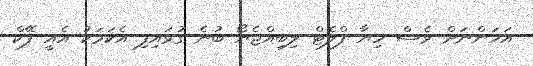
އަހަންނަަށް ވެސް ހިޔާ ފްލެޓް ލިބިއްޖެޔޯ ބުނެ ގުޅައިފި އެކަމަކު އެއީ ފޭކް